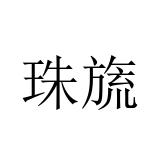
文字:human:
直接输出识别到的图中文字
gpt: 珠旒